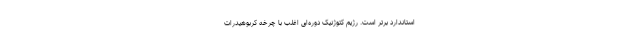
استاندارد برتر است. رژیم کتوژنیک دوره‌ای اغلب با چرخه کربوهیدرات